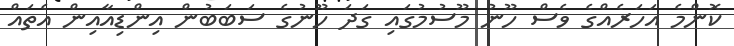
ކޮންމެ އަހަރެއްގެ ވެސް ހޫނު މޫސުމުގައި ގަދަ ހޫނުގެ ސަބަބުން އިންޑިއާއިން އެތައް